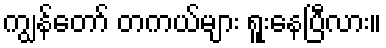
ကျွန်တော် တကယ်များ ရူးနေပြီလား။